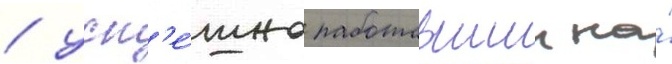
/ усп'е́шно работавшии на́